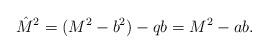
LaTeX: \begin{align*}\hat{M}^2=(M^2-b^2)-qb=M^2-ab.\end{align*}